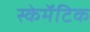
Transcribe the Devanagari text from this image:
स्केमॅटिक